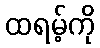
ထရမ့်ကို